Punjab Mental Hospital Lahore 1932-46 - 1932-1946
Year: 1932
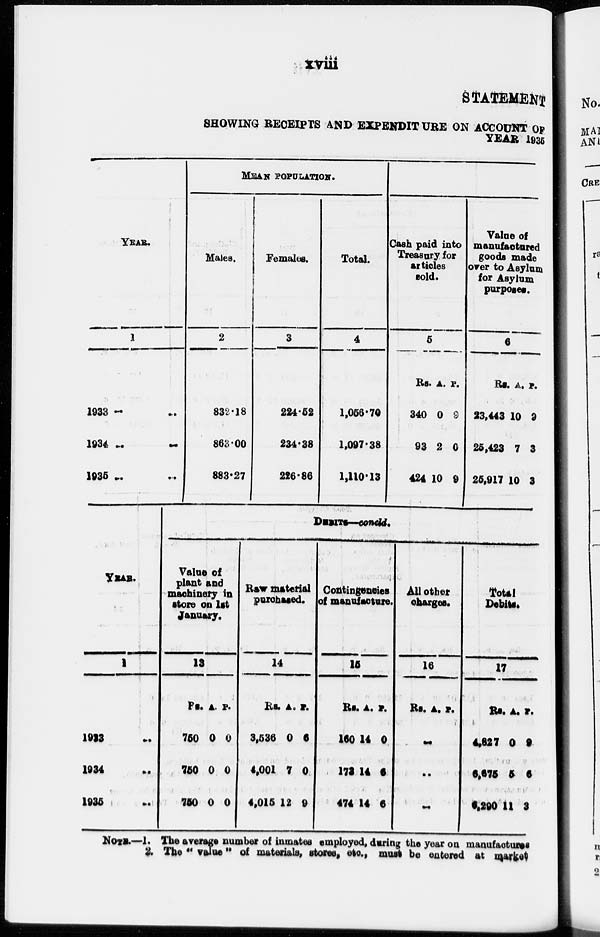
xviii
STATEMENT
SHOWING RECEIPTS AND EXPENDITURE ON ACCOUNT OF
YEAR 1935
YEAR.
1
1933 ...
1934
...
1935 ...
MEAN POPULATION.
Males.
2
832.18
863.00
883.27
Females.
3
224.52
234.38
226.86
Total.
4
1,056.70
1,097.38
1,110.13
Cash paid into
Treasury for
articles
sold.
5
Rs.
340
93
424
A.
0
2
10
P.
9
0
9
Value of
manufactured
goods made
over to Asylum
for Asylum
purposes.
6
Rs.
23,443
25,423
26,917
A.
10
7
10
P.
9
3
3
YEAR.
1
1933 ...
1934 ...
1935 ...
DEBITS-concld.
Value of
plant and
machinery in
store on 1st
January.
13
Rs.
750
750
750
A
0
0
0
P.
0
0
0
Raw material
purchased.
14
Rs.
3,536
4,001
4,015
A.
0
7
12
P.
6
0
9
Contingencies
of manufacture.
15
Rs.
160
173
474
A.
14
14
14
P.
0
6
6
All other
Charges.
16
Rs. A. P.
..
..
..
Total
Debits.
17
Rs.
4,827
6,675
6,290
A.
0
5
11
P.
9
6
3
NOTE.—1. The average number of inmates employed, during the year on manufactures
2. The "value" of materials, stores, etc., must be entered at market